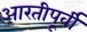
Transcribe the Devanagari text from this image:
आरतीपूर्वी